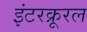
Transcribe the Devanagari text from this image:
इंटरक्रूरल